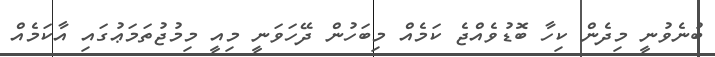
ބުނެވުނީ މިދެން ކިހާ ބޮޑުވެއްޖެ ކަމެއް މިބަހުން ދޭހަވަނީ މިއީ މިމުޖުތަމަޢުގައި އާކަމެއް